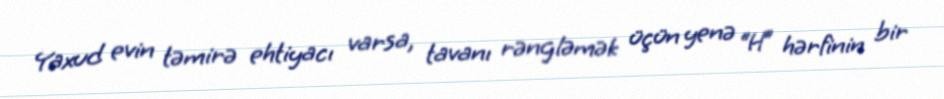
Yaxud evin təmirə ehtiyacı varsa, tavanı rəngləmək üçün yenə “H” hərfinin bir